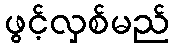
ဖွင့်လှစ်မည်